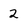
Character: 2